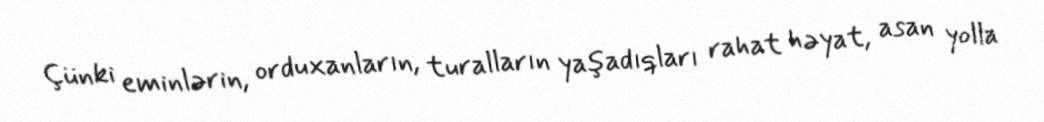
Çünki eminlərin, orduxanların, turalların yaşadıqları rahat həyat, asan yolla